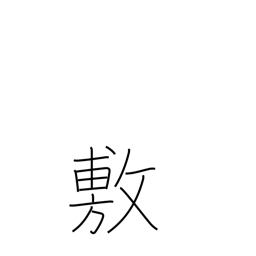
Meaning: promulgate